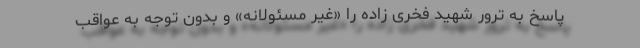
پاسخ به ترور شهید فخری زاده را «غیر مسئولانه» و بدون توجه به عواقب